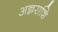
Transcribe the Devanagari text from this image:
अन्नराशि